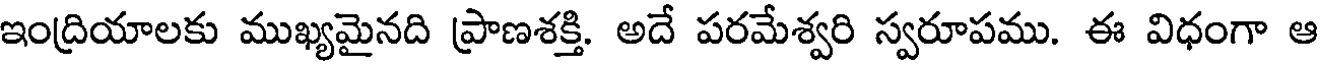
ఇంద్రియాలకు ముఖ్యమైనది ప్రాణశక్తి. అదే పరమేశ్వరి స్వరూపము. ఈ విధంగా ఆ